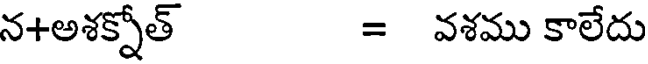
న+అశక్నోత్ = వశము కాలేదు